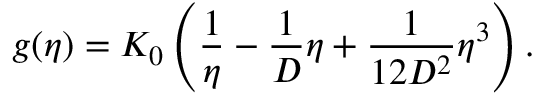
g ( \eta ) = K _ { 0 } \left( \frac { 1 } { \eta } - \frac { 1 } { D } \eta + \frac { 1 } { 1 2 D ^ { 2 } } \eta ^ { 3 } \right) .